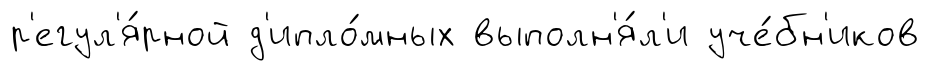
р'егул'я́рной д'ипло́мных выполн'я́л'и уче́бн'иков